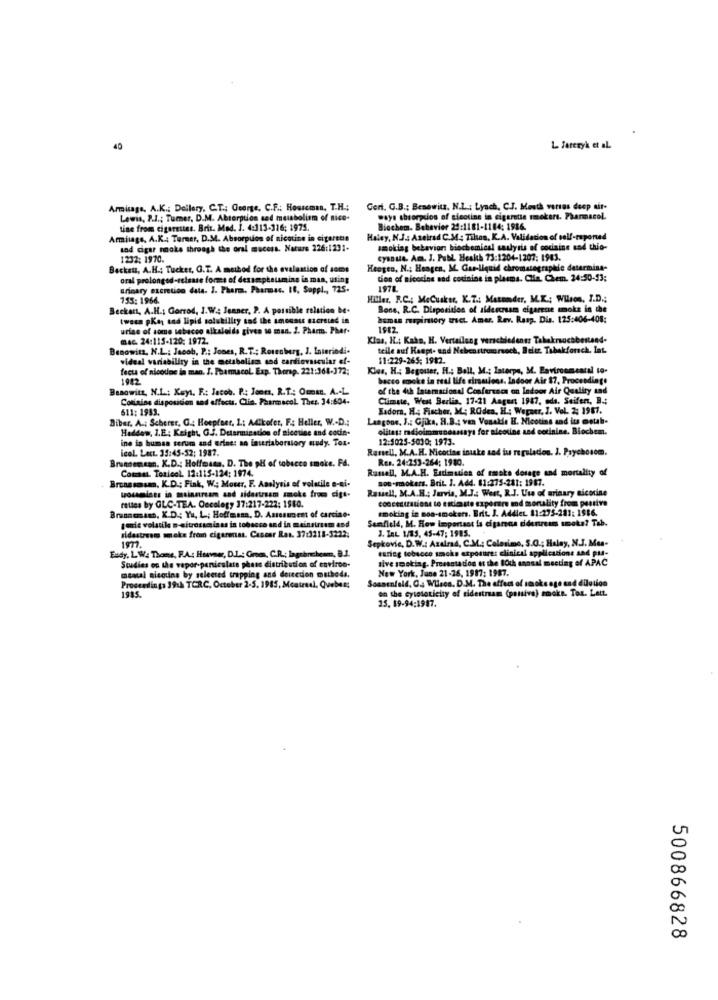
40
L Fareryk et al.
Armisage, A.K .; Dellery, C.T .: George. C.F .: Houseman, T.H .;
Geri. G.B .; Benewita. N.L .: Lynch, C.J. Meuth versus deep air-
Lewis, P.1 .; Tumer, D.M. Absorption and metabolism of nice-
says absorpcios of sieotine in cigarette smokers. Pharmacol.
Line from cigarettes. Brit. Med. 1. 4:113-316; 1975.
Biochem. Behevier 24:1181-1164: 1986.
Amilage, A.K .: Termer, D.M. Absorption of nicotine in cigarette
Haley, N.J .: Aseirad C.M. Tilson, K.A. Validation of self-raponad
sad cigar maks through the oral mucosa. Nature 226:1231-
smoking behavior: biochemical saulysis of cocaine and thio-
1232: 1970.
cysDue Am. J. Publ. Health 73:1204-1207; 1983.
Becken, A.H .; Tucker, G.T. A method for the evaluation of 4001
Heogen, N .; Hangen, M. Gre-liquid chromatographie determina-
oral prolonged-release forms of dexampleumine in man, uting
tion of nicotine nad cotinine in plasma. Clia. Chem. 24:50-13:
urinary excretion data. J. Pharm. Pharmac. 10, Suppl ., 725.
155: 1966.
Hitler. R.C .; MeCuskse, K.T .: Matemder, M.K .; Wilson, I.D .;
Beckons, A.H .: Gorrod, J. W .: Jenner, P. A possible relation be.
Bone, R.C. Disposition of aidescream cigarette smoke in the
twara pKas tad lipid solubility sad the amounts sucreted in
human respiratory tract. Amar. Rev. Resp. Dis. 125:406-408:
urine of some tabacco alkaloids given to man. 2. Phants. Pher-
1982
mec. 24:115-120: 1972.
Klas, H .; Kako, H. Verteilung verschiedener Tabakrocabestand-
Benowitz, N.L .: Jacob, P .: Jones, R.T .; Rosenberg, J. Interindi.
teile auf Haupt- und Nebenstrumrsoch, Beitr. Tabakforsch, Int.
vidual variability in the metabolism and cardiovascular ef-
11:229-265; 1982.
fects of nicodoc in man. I. Pharmacol. Exp. Therep. 221:364-372;
Klus, H .; Begouter, H .; Ball, M .; Lacorps, M. Environmearal to-
1942
bacco smoke in real life cirsalons. Indoor Air $7, Procesdinge
Benowits, N.L .: Keyl. F .: Jacob. P .: Jones. R.T .; Oman. A .- L
of the 4th Internacional Conference on Indoor Air Quality and
Contains disposition sod effects. Clia. Pharmacol Ther. 34:604-
Climate, West Berlin, 17-21 Aagent 1947, eds. Seifert, B .:
611: 1983.
Esdora. H .; Fischer, M .; ROden, H .; Wepaer. I. Vol. 2: 1987.
Biber. A .: Scherer, G .; Hoepiser, L .: Adikofer, F .: Heller, W .- D .:
Langone, J .: Gjika, H.B .: ven Vanakde H. Nicotins and its motab-
Haddow, I.E: Keight, G.J. Determination of sicesine and codie.
olitas: radioimmunoassays for nicotine and cotinine. Biochem.
ine is bumsa serum and erine: an inuriaborslory study. Tos.
12:5025-5030; 1973.
icol. Lect. 35:45-52; 1987.
Ranell. M.A.H. Nicodias inuke and tu regulados. J. Psychosom.
Brunsemean. K.D .: Hoffmass. D. The pH of tobacco smoke. Fd.
Res. 24:253-264; 1980.
Comaut. Tesieel. 12:115-124; 1974.
Rausell, M.A.H. Estimulan of smoke dosage and mortality of
Broassmsm. K.D .; Fink, W .; Moser, F. Analysis of volatile a-ai-
son-mokers. Brit. I. Add. 81:275-281: 1917.
Russell, M.A.H .; Jarvis, M.J .: West, R.J. Use of urinary nicotine
tosselnes in mainstream and sidestream smoke from cige-
concentrations to esticaste exporare and mortality from postive
rettes by GLC-TEA. Oncology 17:217-222: 1980.
smoking in non-smokers. Brit. J. Addict. 11:275-281: 1986.
Braonemans, K.D .: Yu, L .; Hoffmana, D. Assessment of cartine-
Semfické, M. How important is cigarena cidentresm smoke? Tab.
peric volatile » citrosamia as in tobacco and in mainstream and
J. ZEL 1/85, 45-47; 1985.
sidestream smoke from cigarenas. Cancer Ras. 37:3218-3222;
Sepkovic, D.W .: Axelrad, C.M .: Colosimo, 5.0 .; Halay, N.J. Mes-
Eudy, L. W. Thene, F.A .: Hoavner, D.L .: Groen, C.R .: lagrinchcom, B.1.
1977.
sive smoking. Pressstation at the 80th annual meeting of APAC
tobacco smoke exposure: clinical applications and pus-
Studies on the vapor-paniculate phase distribution of environ-
New York, June 21-26, 1987: 1987.
mental nieauina by selected trapping and derection methods.
Sonnenfeld, Os WHisca, D.M. The effect of smoke age and dilution
Proceedings 39:A TCRC, October 2-5, 1985, Montreal, Quebec;
1935.
on the cytetoticity of sidestream (passive) smoke. Toa. Lett.
15. 89-94:1987.
500866828